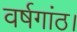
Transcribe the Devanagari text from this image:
वर्षगांठ।